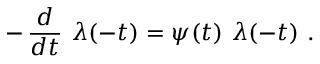
- \, { \frac { d } { d t } } \ \lambda ( - t ) = \psi ( t ) \ \lambda ( - t ) \ .